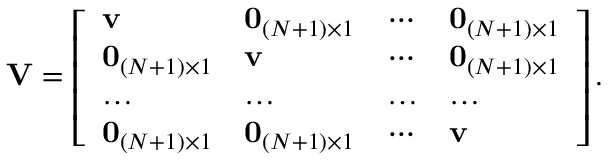
\mathbf { V } = \left[ \begin{array} { l l l l } { \mathbf { v } } & { \mathbf { 0 } _ { ( N + 1 ) \times 1 } } & { \cdots } & { \mathbf { 0 } _ { ( N + 1 ) \times 1 } } \\ { \mathbf { 0 } _ { ( N + 1 ) \times 1 } } & { \mathbf { v } } & { \cdots } & { \mathbf { 0 } _ { ( N + 1 ) \times 1 } } \\ { \ldots } & { \ldots } & { \ldots } & { \ldots } \\ { \mathbf { 0 } _ { ( N + 1 ) \times 1 } } & { \mathbf { 0 } _ { ( N + 1 ) \times 1 } } & { \cdots } & { \mathbf { v } } \end{array} \right] .